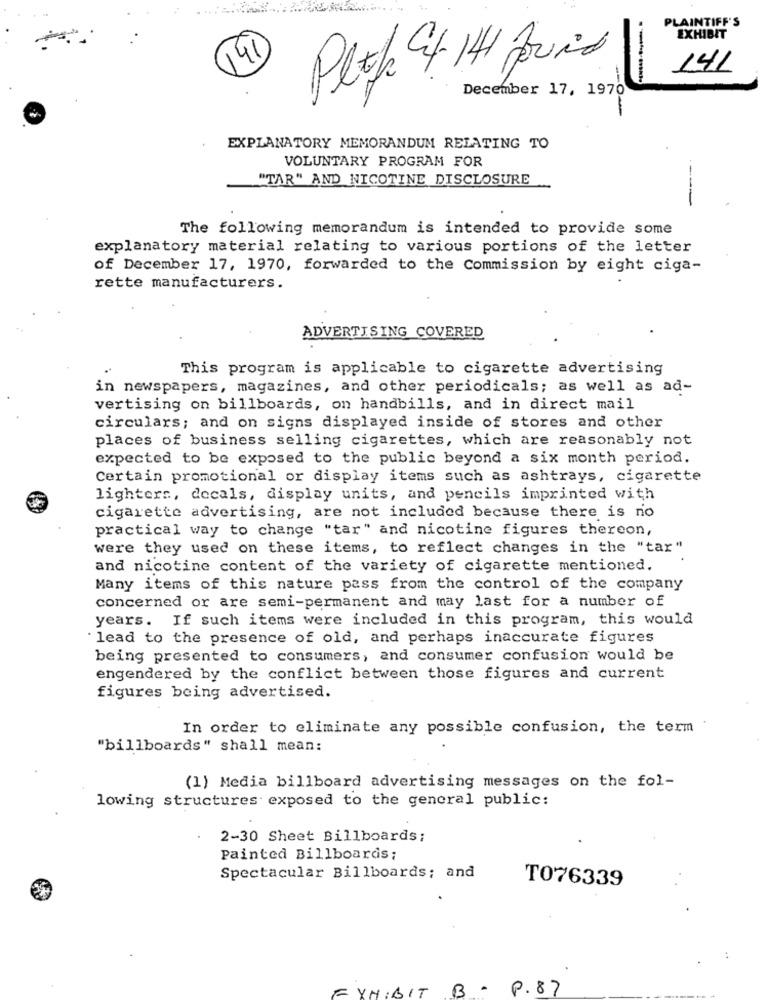
PLAINTIFF'S
EXHIBIT
41
141
Plop at 141 found
December 17, 1970
EXPLANATORY MEMORANDUM RELATING TO
VOLUNTARY PROGRAM FOR
"TAR" AND NICOTINE DISCLOSURE
--
The following memorandum is intended to provide some
explanatory material relating to various portions of the letter
of December 17, 1970, forwarded to the Commission by eight ciga-
rette manufacturers.
ADVERTISING COVERED
This program is applicable to cigarette advertising
in newspapers, magazines, and other periodicals; as well as ad-
vertising on billboards, on handbills, and in direct mail
circulars; and on signs displayed inside of stores and other
places of business selling cigarettes, which are reasonably not
expected to be exposed to the public beyond a six month period.
Certain promotional or display items such as ashtrays, cigarette
lighters, decals, display units, and pencils imprinted with
cigarette advertising, are not included because there is no
practical way to change "tar" and nicotine figures thereon,
were they used on these items, to reflect changes in the "tar"
and nicotine content of the variety of cigarette mentioned.
Many items of this nature pass from the control of the company
concerned or are semi-permanent and may last for a number of
years. If such items were included in this program, this would
lead to the presence of old, and perhaps inaccurate figures
being presented to consumers, and consumer confusion would be
engendered by the conflict between those figures and current
figures being advertised.
In order to eliminate any possible confusion, the term
"billboards" shall mean:
(1) Media billboard advertising messages on the fol-
lowing structures exposed to the general public:
2-30 Sheet Billboards;
Painted Billboards;
Spectacular Billboards; and
T076339
EXHIBIT B . P.87